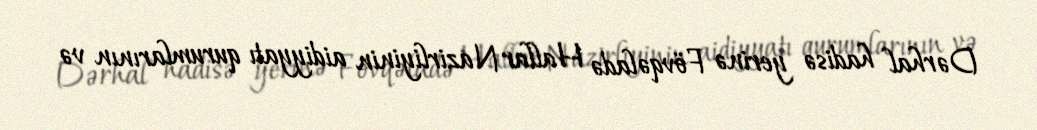
Dərhal hadisə yerinə Fövqəladə Hallar Nazirliyinin aidiyyatı qurumlarının və